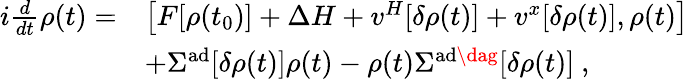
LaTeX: \begin{array}{rl}{i\frac{d}{dt}\rho(t)=}&{\big[F[\rho(t_{0})]+\Delta H+v^{H}[\delta\rho(t)]+v^{x}[\delta\rho(t)],\rho(t)\big]}\\ &{+\Sigma^{\mathrm{ad}}[\delta\rho(t)]\rho(t)-\rho(t)\Sigma^{\mathrm{ad\dag}}[\delta\rho(t)]~,}\end{array}